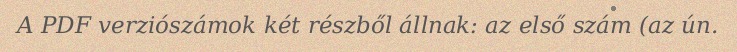
A PDF verziószámok két részből állnak: az első szám (az ún.